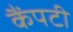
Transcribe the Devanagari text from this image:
कैंपटी